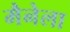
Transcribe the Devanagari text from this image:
मैनेला